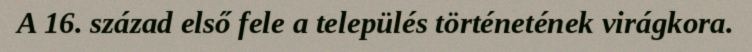
A 16. század első fele a település történetének virágkora.